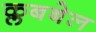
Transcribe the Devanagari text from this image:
क्लबबेल